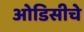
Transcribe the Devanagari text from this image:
ओडिसीचे